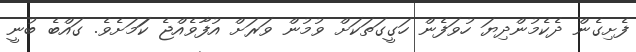
ފެށިގެން ދެކެމުންދިޔަ ހުވަފެން ހަގީގަތަކަށް ވުމުން ވަރަށް އުފާވެއްޖެ ކަަމަށެވެ. ގައްބެ ބުނީ